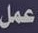
عمل